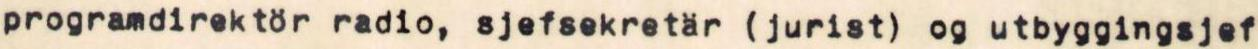
programdirektör radio, sjefsekretär (jurist) og utbyggingsjef